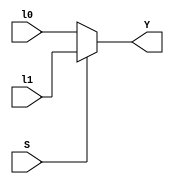
module mux2x1(Y, S, l1, l0);
	input [3:0]l0;
	input [3:0]l1;
	input S;
	output [3:0]Y;
	
	assign Y = S ? l1 : l0;
	
endmodule